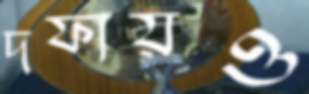
দফায়ও